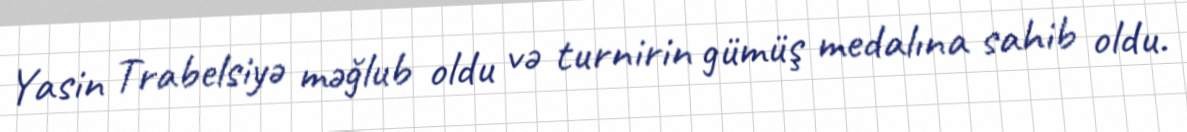
Yasin Trabelsiyə məğlub oldu və turnirin gümüş medalına sahib oldu.